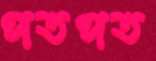
পতপত